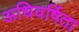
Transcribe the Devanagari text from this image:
अधिवर्षिता